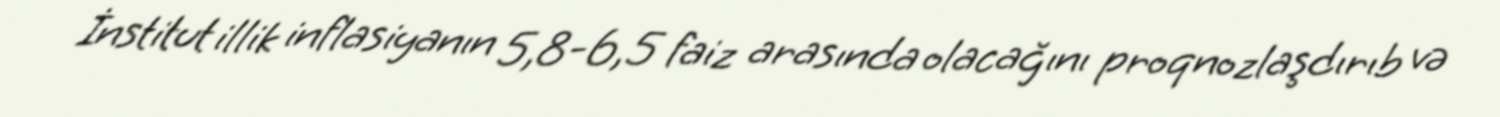
İnstitut illik inflasiyanın 5,8-6,5 faiz arasında olacağını proqnozlaşdırıb və